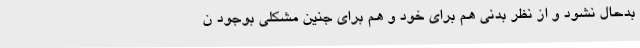
بدحال نشود و از نظر بدنی هم برای خود و هم برای جنین مشکلی بوجود ن